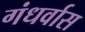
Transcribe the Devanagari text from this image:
गंधर्वास